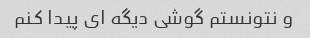
و نتونستم گوشی دیگه ای پیدا کنم